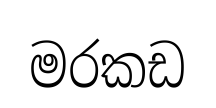
මරකඩ